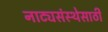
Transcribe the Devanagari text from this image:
नाट्यसंस्थेसाठी